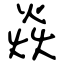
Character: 焱